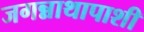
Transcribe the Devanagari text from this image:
जगन्नाथापाशी